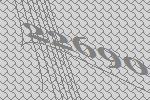
22690